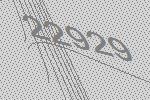
22929